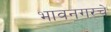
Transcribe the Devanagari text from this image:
भावनगरचे